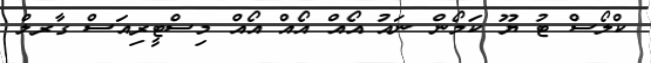
ކްލޯސް ޓު ޔޫ ކަމޯން ނައު އޯއް އޯއް އޯއް މިސްޓީރިއަސް ގާރލް